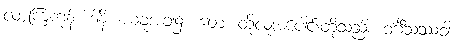
လာကြကုန်။ ဒါနိ၊ ယခုအခါ၌။ တေ၊ ထိုလူအပေါင်းတို့သည်။ ဝင်္ဂီသဿဝါ၊